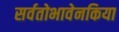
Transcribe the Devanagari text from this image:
सर्वतोभावेनकिया